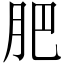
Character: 肥